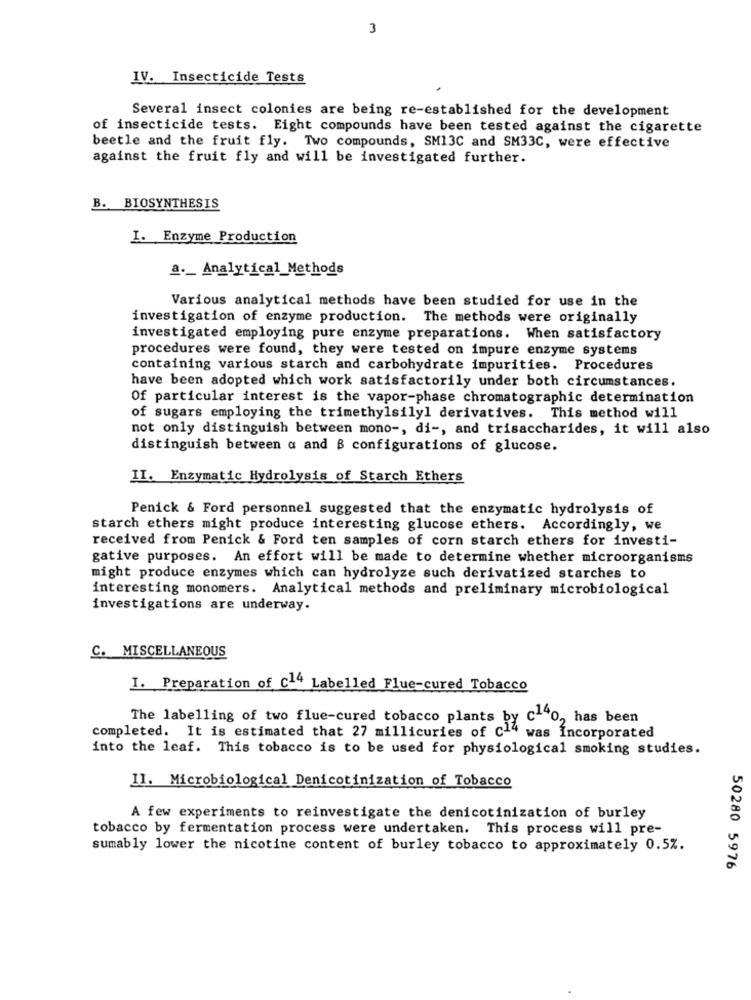
3
IV. Insecticide Tests
Several insect colonies are being re-established for the development
of insecticide tests. Eight compounds have been tested against the cigarette
beetle and the fruit fly. Two compounds, SM13C and SM33C, were effective
against the fruit fly and will be investigated further.
B. BIOSYNTHESIS
I. Enzyme Production
a ._ Analytical_Methods
Various analytical methods have been studied for use in the
investigation of enzyme production. The methods were originally
investigated employing pure enzyme preparations. When satisfactory
procedures were found, they were tested on impure enzyme systems
containing various starch and carbohydrate impurities. Procedures
have been adopted which work satisfactorily under both circumstances.
Of particular interest is the vapor-phase chromatographic determination
of sugars employing the trimethylsily1 derivatives. This method will
not only distinguish between mono -, di -, and trisaccharides, it will also
distinguish between a and B configurations of glucose.
II. Enzymatic Hydrolysis of Starch Ethers
Penick & Ford personnel suggested that the enzymatic hydrolysis of
starch ethers might produce interesting glucose ethers. Accordingly, we
received from Penick & Ford ten samples of corn starch ethers for investi-
gative purposes. An effort will be made to determine whether microorganisms
might produce enzymes which can hydrolyze such derivatized starches to
interesting monomers. Analytical methods and preliminary microbiological
investigations are underway.
C. MISCELLANEOUS
I. Preparation of c14 Labelled Flue-cured Tobacco
The labelling of two flue-cured tobacco plants by c140, has been
completed. It is estimated that 27 millicuries of c14 was Incorporated
into the leaf. This tobacco is to be used for physiological smoking studies.
II. Microbiological Denicotinization of Tobacco
A few experiments to reinvestigate the denicotinization of burley
tobacco by fermentation process were undertaken. This process will pre-
sumably lower the nicotine content of burley tobacco to approximately 0.5%.
50280 5976